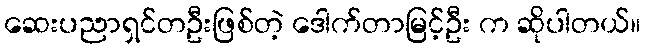
ဆေးပညာရှင်တဦးဖြစ်တဲ့ ဒေါက်တာမြင့်ဦး က ဆိုပါတယ်။